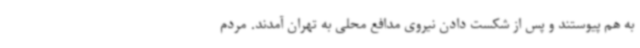
به هم پیوستند و پس از شکست دادن نیروی مدافع محلی به تهران آمدند. مردم